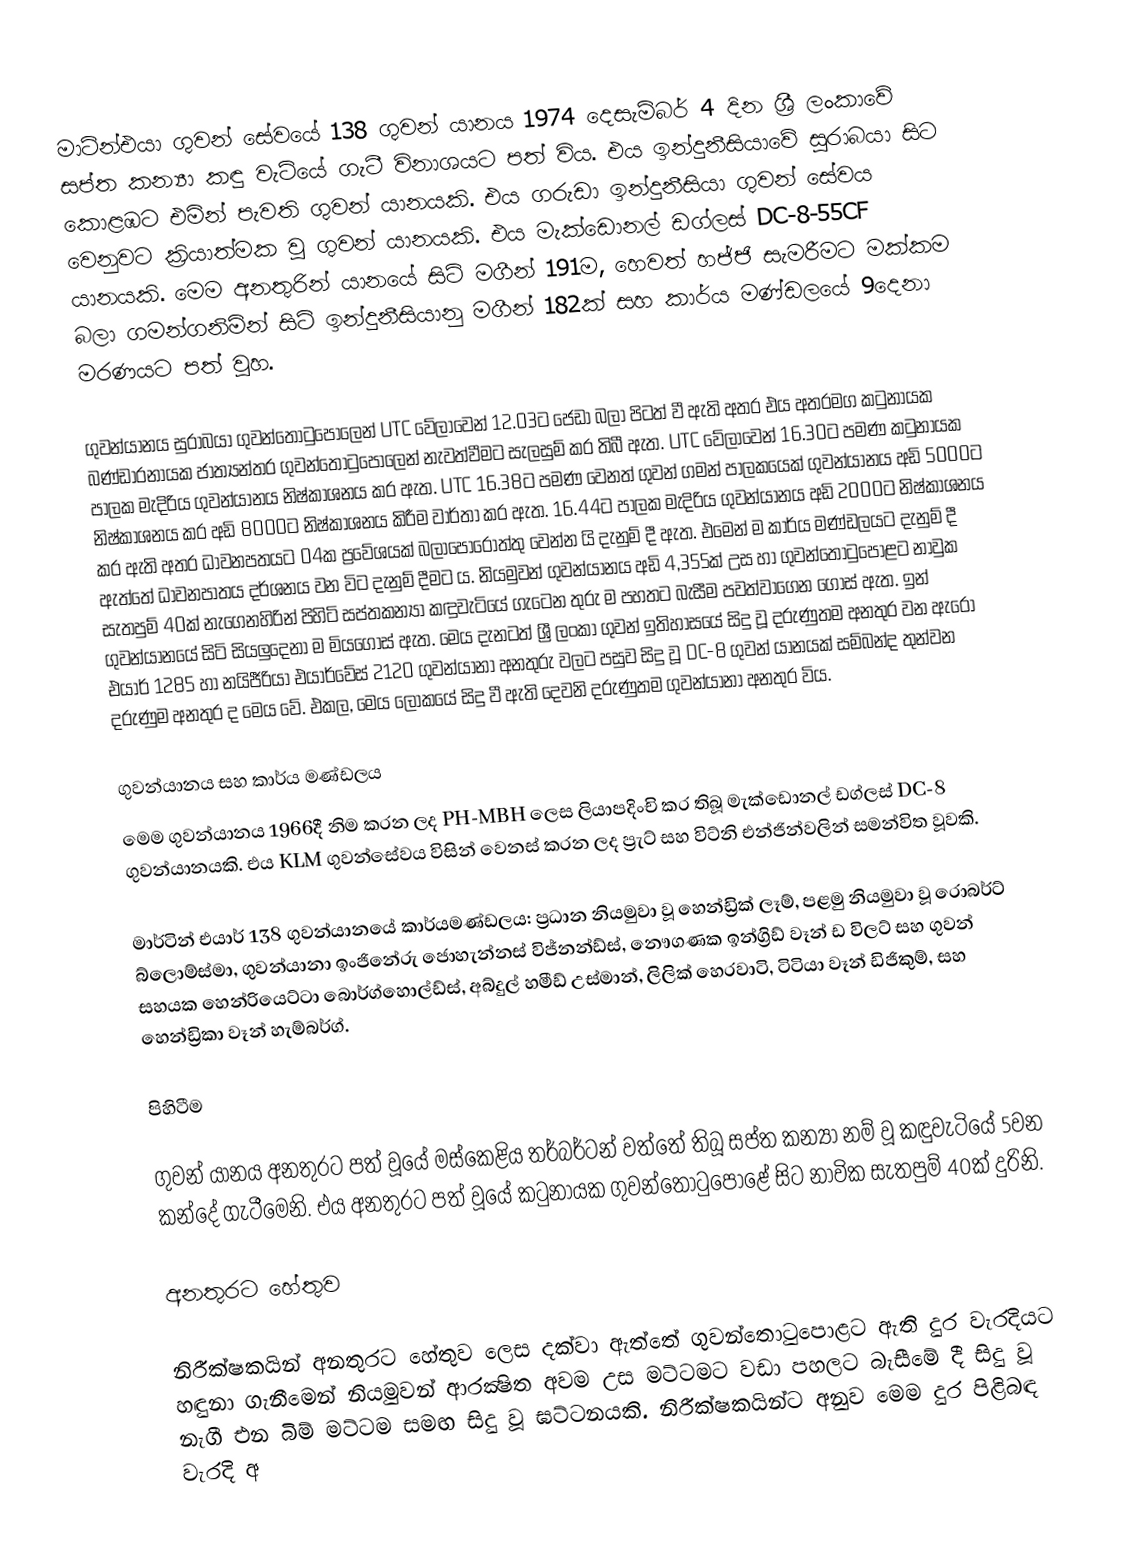
මාටින්එයා ගුවන් සේවයේ 138 ගුවන් යානය 1974 දෙසැම්බර් 4 දින ශ්‍රී ලංකාවේ සප්ත කන්‍යා කඳු වැටියේ ගැටී විනාශයට පත් විය. එය ඉන්දුනීසියාවේ සුරාබයා සිට කොළඹට එමින් පැවති ගුවන් යානයකි. එය ගරුඩා ඉන්දුනීසියා ගුවන් සේවය වෙනුවට ක්‍රියාත්මක වූ ගුවන් යානයකි. එය මැක්ඩොනල් ඩග්ලස් DC-8-55CF යානයකි. මෙම අනතුරින් යානයේ සිටි මගීන් 191ම, හෙවත් හජ්ජි සැමරීමට මක්කම බලා ගමන්ගනිමින් සිටි ඉන්දුනීසියානු මගීන් 182ක් සහ කාර්ය මණ්ඩලයේ 9දෙනා  මරණයට පත් වූහ.

ගුවන්යානය සුරාබයා ගුවන්තොටුපොලෙන් UTC වේලාවෙන් 12.03ට ජෙඩා බලා පිටත් වී ඇති අතර එය අතරමග කටුනායක බණ්ඩාරනායක ජාත්‍යන්තර ගුවන්තොටුපොලෙන් නැවත්වීමට සැලසුම් කර තිබී ඇත. UTC වේලාවෙන් 16.30ට පමණ කටුනායක පාලක මැදිරිය ගුවන්යානය නිෂ්කාශනය කර ඇත. UTC 16.38ට පමණ වෙනත් ගුවන් ගමන් පාලකයෙක් ගුවන්යානය අඩි 5000ට නිෂ්කාශනය කර අඩි 8000ට නිෂ්කාශනය කිරීම වාර්තා කර ඇත. 16.44ට  පාලක මැදිරිය ගුවන්යානය අඩි 2000ට නිෂ්කාශනය කර ඇති අතර ධාවනපතයට 04ක ප්‍රවේශයක් බලාපොරොත්තු වෙන්න යි දැනුම් දී ඇත. එමෙන් ම කාර්ය මණ්ඩලයට දැනුම් දී ඇත්තේ ධාවනපාතය දර්ශනය වන විට දැනුම් දීමට ය. නියමුවන් ගුවන්යානය අඩි 4,355ක් උස හා ගුවන්තොටුපොළට නාවුක සැතපුම් 40ක් නැගෙනහිරින් පිහිටි සප්තකන්‍යා කඳුවැටියේ ගැටෙන තුරු ම පහතට බැසීම පවත්වාගෙන ගොස් ඇත. ඉන් ගුවන්යානයේ සිටි සියලුදෙනා ම මියගොස් ඇත. මෙය දැනටත් ශ්‍රී ලංකා ගුවන් ඉතිහාසයේ සිදු වූ දරුණුතම අනතුර වන ඇරෝ එයාර් 1285 හා නයිජීරියා එයාර්වේස් 2120 ගුවන්යානා අනතුරු වලට පසුව සිදු වූ DC-8 ගුවන් යානයක් සම්බන්ද තුන්වන දරුණුම අනතුර ද මෙය වේ. එකල, මෙය ලෝකයේ සිදු වී ඇති දෙවනි දරුණුතම ගුවන්යානා අනතුර විය.

ගුවන්යානය සහ කාර්ය මණ්ඩලය
මෙම ගුවන්යානය 1966දී නිම කරන ලද PH-MBH ලෙස ලියාපදිංචි කර තිබූ මැක්ඩොනල් ඩග්ලස්  DC-8 ගුවන්යානයකි. එය KLM ගුවන්සේවය විසින් වෙනස් කරන ලද ප්‍රැට් සහ විට්නි එන්ජින්වලින් සමන්විත වූවකි.

මාර්ටින් එයාර් 138 ගුවන්යානයේ කාර්යමණ්ඩලය: ප්‍රධාන නියමුවා වූ හෙන්ඩ්‍රික් ලෑම්, පළමු නියමුවා වූ රොබර්ට් බ්ලොම්ස්මා, ගුවන්යානා ඉංජිනේරු ජොහැන්නස් විජ්නන්ඩ්ස්, නෞගණක ඉන්ග්‍රිඩ් වෑන් ඩ විලට් සහ ගුවන් සහයක හෙන්රියෙට්ටා බොර්ග්හොල්ඩ්ස්, අබ්දුල් හමීඩ් උස්මාන්, ලිලික් හෙරවාටි, ටිටියා වෑන් ඩිජිකුම්, සහ හෙන්ඩ්‍රිකා වෑන් හැම්බර්ග්.

පිහිටීම

ගුවන් යානය අනතුරට පත් වූයේ මස්කෙළිය තර්බර්ටන් වත්තේ තිබූ සප්ත කන්‍යා නම් වූ කඳුවැටියේ 5වන කන්දේ ගැටීමෙනි. එය අනතුරට පත් වූයේ කටුනායක ගුවන්තොටුපොළේ සිට නාවික සැතපුම් 40ක් දුරිනි.

අනතුරට හේතුව

නිරීක්ෂකයින් අනතුරට හේතුව ලෙස දක්වා ඇත්තේ ගුවන්තොටුපොළට ඇති දුර වැරදියට හඳුනා ගැනීමෙන් නියමුවන් ආරක්‍ෂිත අවම උස මට්ටමට වඩා පහලට බැසීමේ දී සිදු වූ නැගී එන බිම් මට්ටම සමඟ සිදු වූ ඝට්ටනයකි. නිරීක්ෂකයින්ට අනුව මෙම දුර පිළිබඳ වැරදි අ